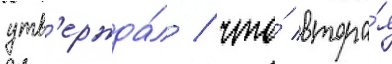
утв'ержда́л / что́ втора́я